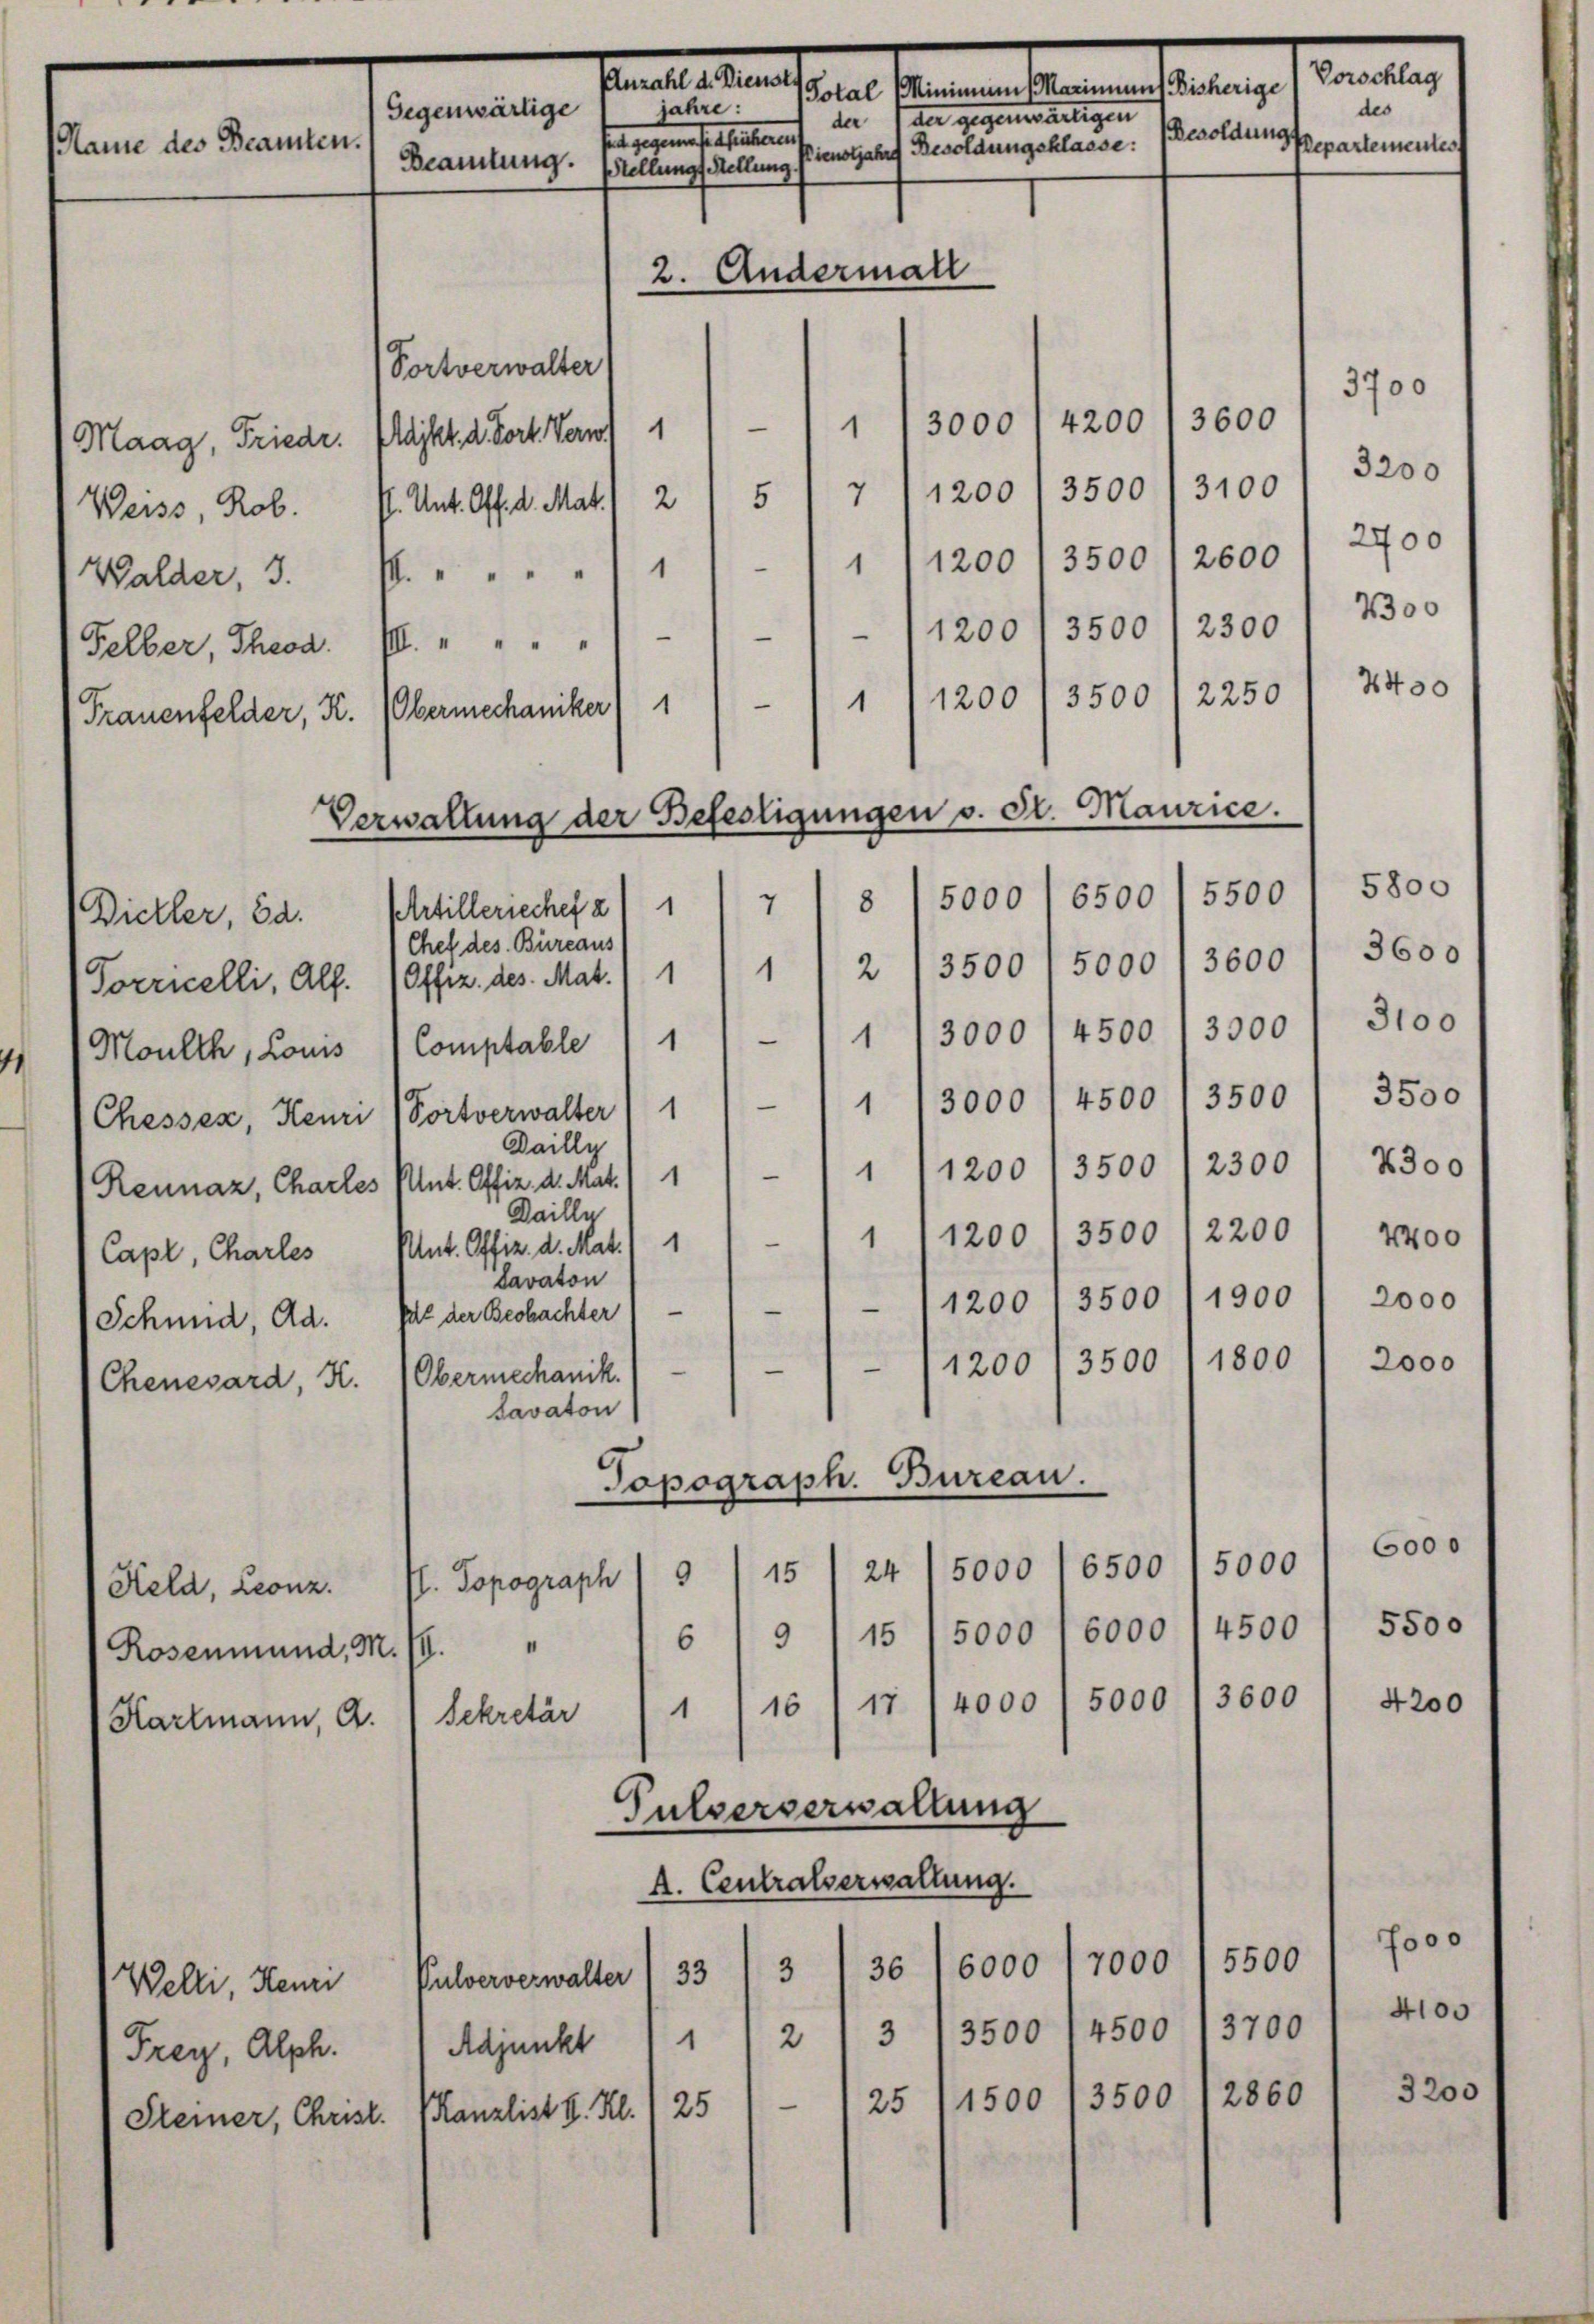
Name des Beamten.

Maag, Friedr. Majkt. d. Fort. Wern
Felber, Theod. I. " " " " "
Frauenfelder, K. Obermechaniker,

Moulth, Louis
Chenesard, K. Obermechanik.

Keld, Leonz.
Karlmann, a.

Familie und
sen Bernen den selten,
jahre:
Gegenwärtige
der der gegensartigen
is gegen sie seltsament
Besoldung repartementes
Pienstjahre Besoldungsklasse:
Beamtung. Stellungs Stellung.
2. Andermall

Portverwalter
3600
4200
1
3000
“
1
7 1200/3500/3100) 3200
5
Weiss, Rob. P. Unt. Off. d. Mat. 2
1 (1200 / 3500 12600 / 2700
(Walder, 3. P. " " " " " 1
1200 1 3500 2300 / Boo
—
n
4400
2250
1 1200/3500
—
1
5500
6500
5000
8
7
(Dietler, Ed. Artilleriechef 2) 1
Chef des Bureaus
2 /3500, 5000' 3600 / 3600
1
1 13000 l 4500 13300' Stoo
1
Comptable
1/3000 1 4500 1 3500 / 3500
Chessen, Henri (Fortverwalter 1 1
Dailly
1200 /3500 /2300' 2300
1
“
Reunaz, Charles Put. Offiz. d. Mat./1
Daille
1200 / 3500 /2200 " 2400
1
n
Capl, Charles Mut. Offiz. d. Mat. 1 1
Lavaton
1200 13500/1900 / 2000
—
—
Schmid, Ad. Ich der Beobachter
1800
2000
1200, 3500
—
—
2
Lavaton
Topograph. Bureau.
6000
5000
6500
5000
15
24
9
1. Topograph
5500
15 1 5000 l 6000 1 4500
9
6
Rosenmund, M. 18.
5000 /3600 / 4200
4000
17
16
1
Bekretär
Pulserverwaltung
A. Centralverwaltung.
f000
5500
7000
6000
36
3
33
Welti, Henri Pulververwalter
4100
2 1 3 13500 14500 13700
1
Frey, Alph. Adjunkt
3200
1500 (3500 12860
25
Kanzlist v. Kl. 1251

Porrncelli, Alf. (Offiz. des Mat. 11

Steiner, Christ.

Verwaltung der Befestigungen v. St. Maurice.

Vorschlag

des

3700

5800